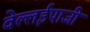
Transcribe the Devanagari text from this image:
वेल्लईपाजी